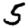
Digit: 5